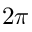
2 \pi